Lunatic asylums Bombay report 1891-1903 - 1891-1903
Year: 1891
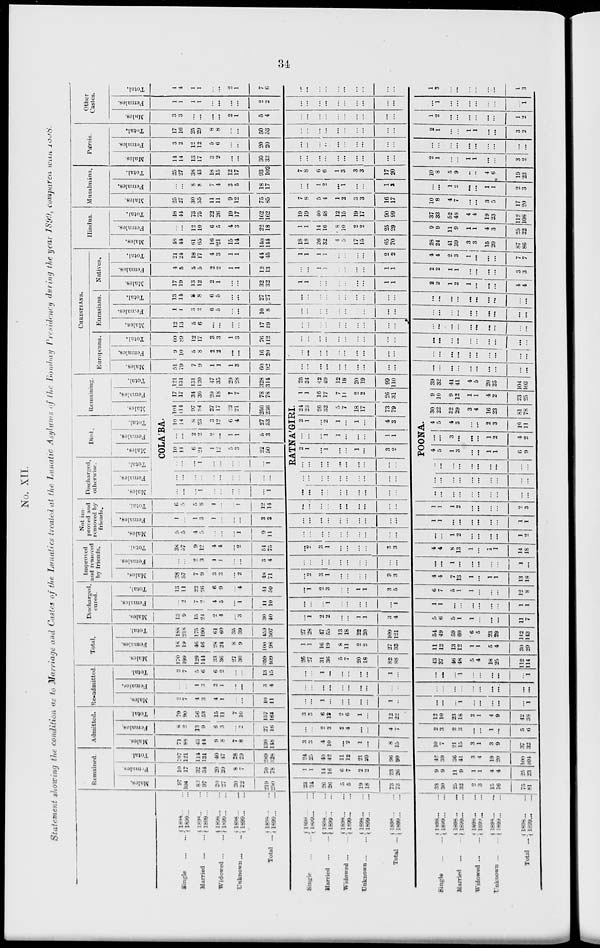
34
No. XII.
Statement showing the condition as to Marriage and Castes of the Lunalieg treated at the Lunatic Asylums of the Bombay presidency during the year 1899, comparea was 1898.
Remained.
Males.
Females.
Total.
Admitted.
Males.
Females.
Total.
Re-admitted.
Males.
Females.
Total.
Total.
Males.
Females.
Total.
Discharged,
cured.
Males.
Females.
Total.
Improved
and removed
by friends.
Males.
Females.
Total.
Not im-
proved and
removed by
friends.
Males.
Females.
Total.
Discharged,
otherwise.
Males.
Females.
Single
...
...
Married
...
...
Widowed ... ...
Unknown ... ...
Total ...
1898 ... ...
1899 ... ...
1898 ... ...
1899 ... ...
1898 ... ...
1899 ... ...
1898 ... ...
1899 ... ...
1898 ... ...
1899 ... ...
97
104
82
97
20
27
20
22
219
250
10
17
32
34
20
20
8
7
70
78
107
121
114
131
40
47
28
29
289
328
71
88
43
44
9
8
7
8
130
148
8
2
13
9
6
3
...
2
27
16
79
90
56
53
15
11
7
10
157
164
2
7
4
3
4
1
...
...
10
11
...
...
1
3
2
1
...
...
3
4
2
7
5
6
6
2
...
...
13
15
170
199
129
144
33
36
27
30
359
109
18
19
46
46
28
24
8
9
100
98
188
218
175
190
61
60
35
39
159
507
13
9
15
24
2
4
...
3
30
40
...
2
7
2
4
5
...
1
11
10
13
11
22
26
6
9
...
4
41
50
38
57
7
9
3
3
...
2
48
71
...
...
2
3
1
1
...
...
3
4
38
57
9
12
4
4
...
2
51
75
5
5
4
5
...
...
...
1
9
11
1
...
1
3
1
...
...
...
3
3
6
5
5
8
1
...
...
1
12
14
...
...
...
1
...
...
...
...
...
1
...
...
...
...
...
...
...
...
...
...
Single ... ...
Married
...
...
Widowed ... ...
Unknown ... ...
Total ...
1898 ... ...
1899 ... ...
1898 ... ...
1899 ... ...
1898 ... ...
1899 ... ...
1898 ... ...
1899 ... ...
1898 ... ...
1899 ... ...
23
24
26
26
5
5
19
18
73
73
1
1
14
16
6
7
2
2
23
26
24
25
40
42
11
12
21
20
96
99
3
3
4
10
...
2
1
...
8
15
...
...
2
3
2
4
...
...
4
7
3
3
6
13
2
6
1
...
12
22
...
...
1
...
...
...
...
...
1
...
...
...
...
...
...
...
...
...
...
...
...
...
1
...
...
...
...
...
1
...
26
27
31
36
5
7
20
18
82
88
1
1
16
19
8
11
2
2
27
33
27
28
47
55
13
18
22
20
109
121
...
1
2
2
...
...
1
1
3
4
...
...
...
1
...
...
...
...
...
1
...
1
2
3
...
...
1
1
3
5
...
2
3
1
...
...
...
...
3
3
...
...
...
...
...
...
...
...
...
...
...
2
3
1
...
...
...
...
3
3
...
...
...
...
...
...
...
...
...
...
...
...
...
...
...
...
...
...
...
...
...
...
...
...
...
...
...
...
...
...
...
...
...
...
...
...
...
...
...
...
...
...
...
...
...
...
...
...
...
...
Total.
Died.
Males.
Females.
Total.
COLA'BA.
...
...
... 1
...
...
...
...
...
1
10
14
6
21
1
12
5
3
22
50
...
...
2
2
2
...
1
1
5
3
10
14
8
23
3
12
6
4
27
53
Remaining.
Males.
Females.
Total.
CHRISTIANS.
Europeans.
Males.
Females.
Total.
Eurasians.
Males.
Females.
Total.
Natives.
Males.
Females.
Total.
Hindus.
Males.
Females.
Total.
Musalmáns.
Males.
Females.
Total.
Pársis.
Males.
Females.
Total.
Other
Castes.
Males.
Females.
Total.
104
114
97
84
27
17
22
21
250
236
RATNA'GIRI.
...
...
...
...
...
...
...
...
...
...
Single
...
...
Married ... ...
Widowed ... ...
Unknown
...
...
Total ...
1898 ... ...
1899 ... ...
1898 ... ...
1899 ... ...
1898 ... ...
1899 ... ...
1898 ... ...
1899 ... ...
1898 ... ...
1899 ... ...
33
30
25
32
2
3
15
16
75
81
9
9
11
9
1
1
4
4
25
23
42
39
36
41
3
4
19
20
100
104
10
7
21
15
3
1
3
9
37
32
2
3
2
3
...
...
1
...
5
6
12
10
23
18
3
1
4
9
42
38
...
...
...
1
...
...
...
...
...
1
...
...
...
...
...
...
...
...
...
...
...
...
...
1
...
...
...
...
...
1
43
37
46
48
5
4
18
25
112
114
11
12
13
12
1
1
5
4
30
29
54
49
59
60
6
5
23
29
142
143
5
6
5
1
1
...
...
...
11
7
1
1
...
...
...
...
...
...
1
1
6
7
5
1
1
...
...
...
12
8
4
4
7
13
1
...
1
1
13
18
...
...
1
...
...
...
...
...
1
...
4
4
8
13
1
...
1
1
14
18
...
...
1
2
...
...
...
...
1
2
1
1
...
...
...
...
...
...
1
1
1
1
1
2
...
...
...
...
2
3
...
...
...
...
...
...
...
...
...
...
...
...
...
...
...
...
...
...
...
...
...
...
...
...
...
...
...
...
...
...
2
1
...
1
...
...
1
...
3
2
...
...
...
1
1
...
...
...
1
1
2
1
...
2
1
...
1
...
4
3
POONA.
4
5
1
3
...
...
1
1
6
9
...
...
3
...
...
...
1
2
4
2
4
5
4
3
...
...
2
3
10
11
24
23
26
32
5
7
18
17
73
79
17
17
34
36
20
18
7
7
78
78
121
131
131
120
47
35
29
28
328
314
51
79
7
9
1
1
1
3
60
92
9
10
5
8
2
2
...
...
16
20
60
89
12
17
3
3
1
3
76
112
12
13
5
6
...
...
...
...
17
19
1
1
3
2
6
5
...
...
10
8
13
14
8
8
6
5
...
...
27
27
17
19
13
12
2
1
...
...
32
32
4
5
5
5
2
2
1
1
12
13
21
24
18
17
4
3
1
1
44
45
48
44
61
65
16
21
15
14
140
144
...
...
12
10
6
5
4
3
22
18
48
44
73
75
22
26
19
17
162
162
25
27
30
35
11
11
9
12
75
85
...
...
8
8
7
4
3
5
18
17
25
27
38
43
18
15
12
17
93
102
14
14
13
17
3
2
...
...
30
33
3
2
12
12
5
6
...
..
20
20
17
16
25
29
8
8
...
...
50
53
3
3
...
...
...
...
2
1
5
4
1
1
1
1
...
...
...
...
2
2
4
4
1
1
...
...
2
1
7
6
1
1
16
17
7
11
2
2
26
31
25
24
42
49
12
18
20
19
99
110
...
...
...
...
...
...
...
...
...
...
...
...
...
...
...
...
...
...
...
...
...
...
...
...
...
...
...
...
...
...
...
...
...
...
...
...
...
...
...
...
...
...
...
...
...
...
...
...
...
...
...
...
...
...
...
...
...
...
...
...
1
1
...
...
...
...
...
...
1
1
...
...
1
1
...
...
...
...
1
1
1
1
1
1
...
...
...
...
2
2
18
18
26
32
4
5
17
15
65
70
1
1
14
16
8
10
2
2
25
29
19
19
40
48
12
15
19
17
90
99
7
8
5
4
1
2
3
3
16
17
...
...
1
2
...
1
...
...
1
3
7
8
6
6
1
3
3
3
17
20
...
...
...
...
...
...
...
...
...
...
...
...
...
...
...
...
...
...
...
...
...
...
...
...
...
...
...
...
...
...
...
...
...
...
...
...
...
...
...
...
...
...
...
...
...
...
...
...
...
...
...
...
...
...
...
...
...
...
...
...
30
22
32
29
3
4
16
23
81
78
9
10
9
12
1
1
4
2
23
...
39
32
41
41
4
5
20
25
104
103
...
...
...
...
...
...
...
...
...
...
...
...
...
...
...
...
...
...
...
...
...
...
...
...
...
...
...
...
...
...
...
...
...
...
...
...
...
...
...
...
...
...
...
...
...
...
...
...
...
...
...
...
...
...
...
...
...
...
...
...
2
2
1
2
1
...
...
...
4
4
2
2
1
1
...
...
...
...
3
3
4
4
2
3
1
...
...
...
7
7
28
24
41
39
3
3
15
20
87
86
9
9
11
9
1
1
4
3
25
22
37
33
52
48
4
4
19
23
112
108
10
8
4
7
...
...
3
5
17
20
...
...
1
2
...
...
1
1
2
3
10
8
5
9
...
...
4
6
19
23
2
1
...
...
1
1
...
...
3
2
...
...
...
...
...
...
...
...
...
...
2
1
...
...
1
1
...
...
3
2
1
2
...
...
...
...
...
...
1
2
...
1
...
...
...
...
...
...
...
1
1
3
...
...
...
...
...
...
1
3